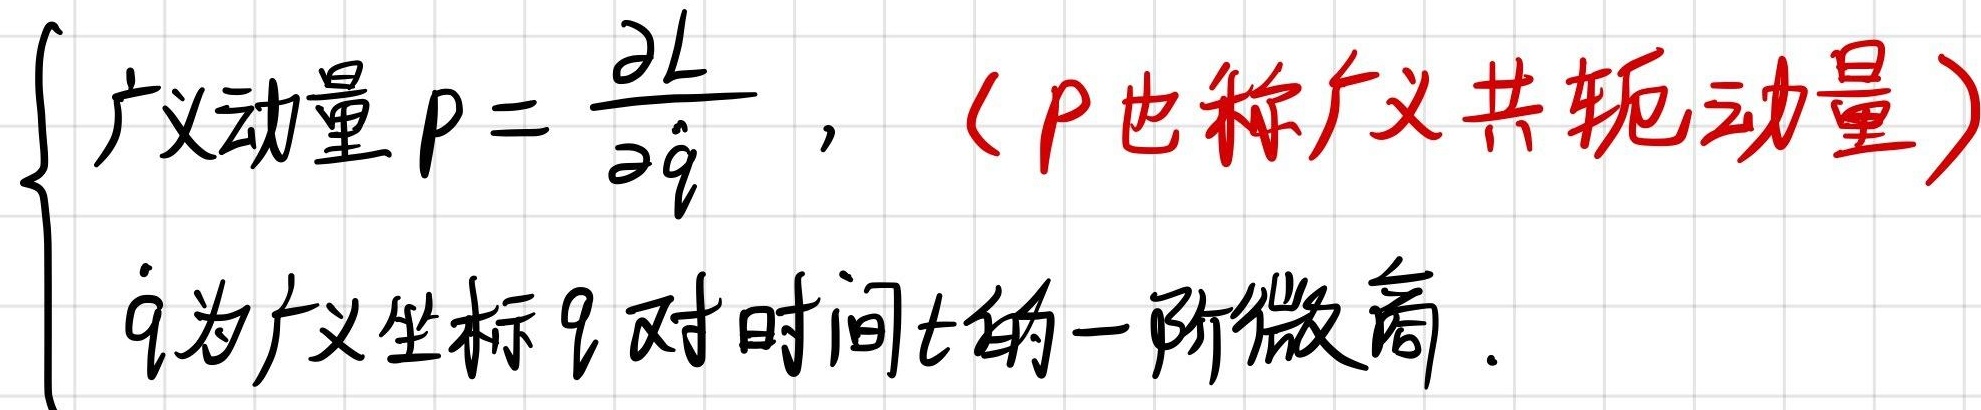
\[
\left\{
\begin{array}{l}
\text{广义动量} p = \frac{\partial L}{\partial \dot{q}},\quad (p \text{ 也称广义共轭动量}) \\
\dot{q} \text{ 为广义坐标} q \text{ 对时间} t \text{ 的一阶微商}.
\end{array}
\right.
\]